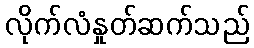
လိုက်လံနှုတ်ဆက်သည်